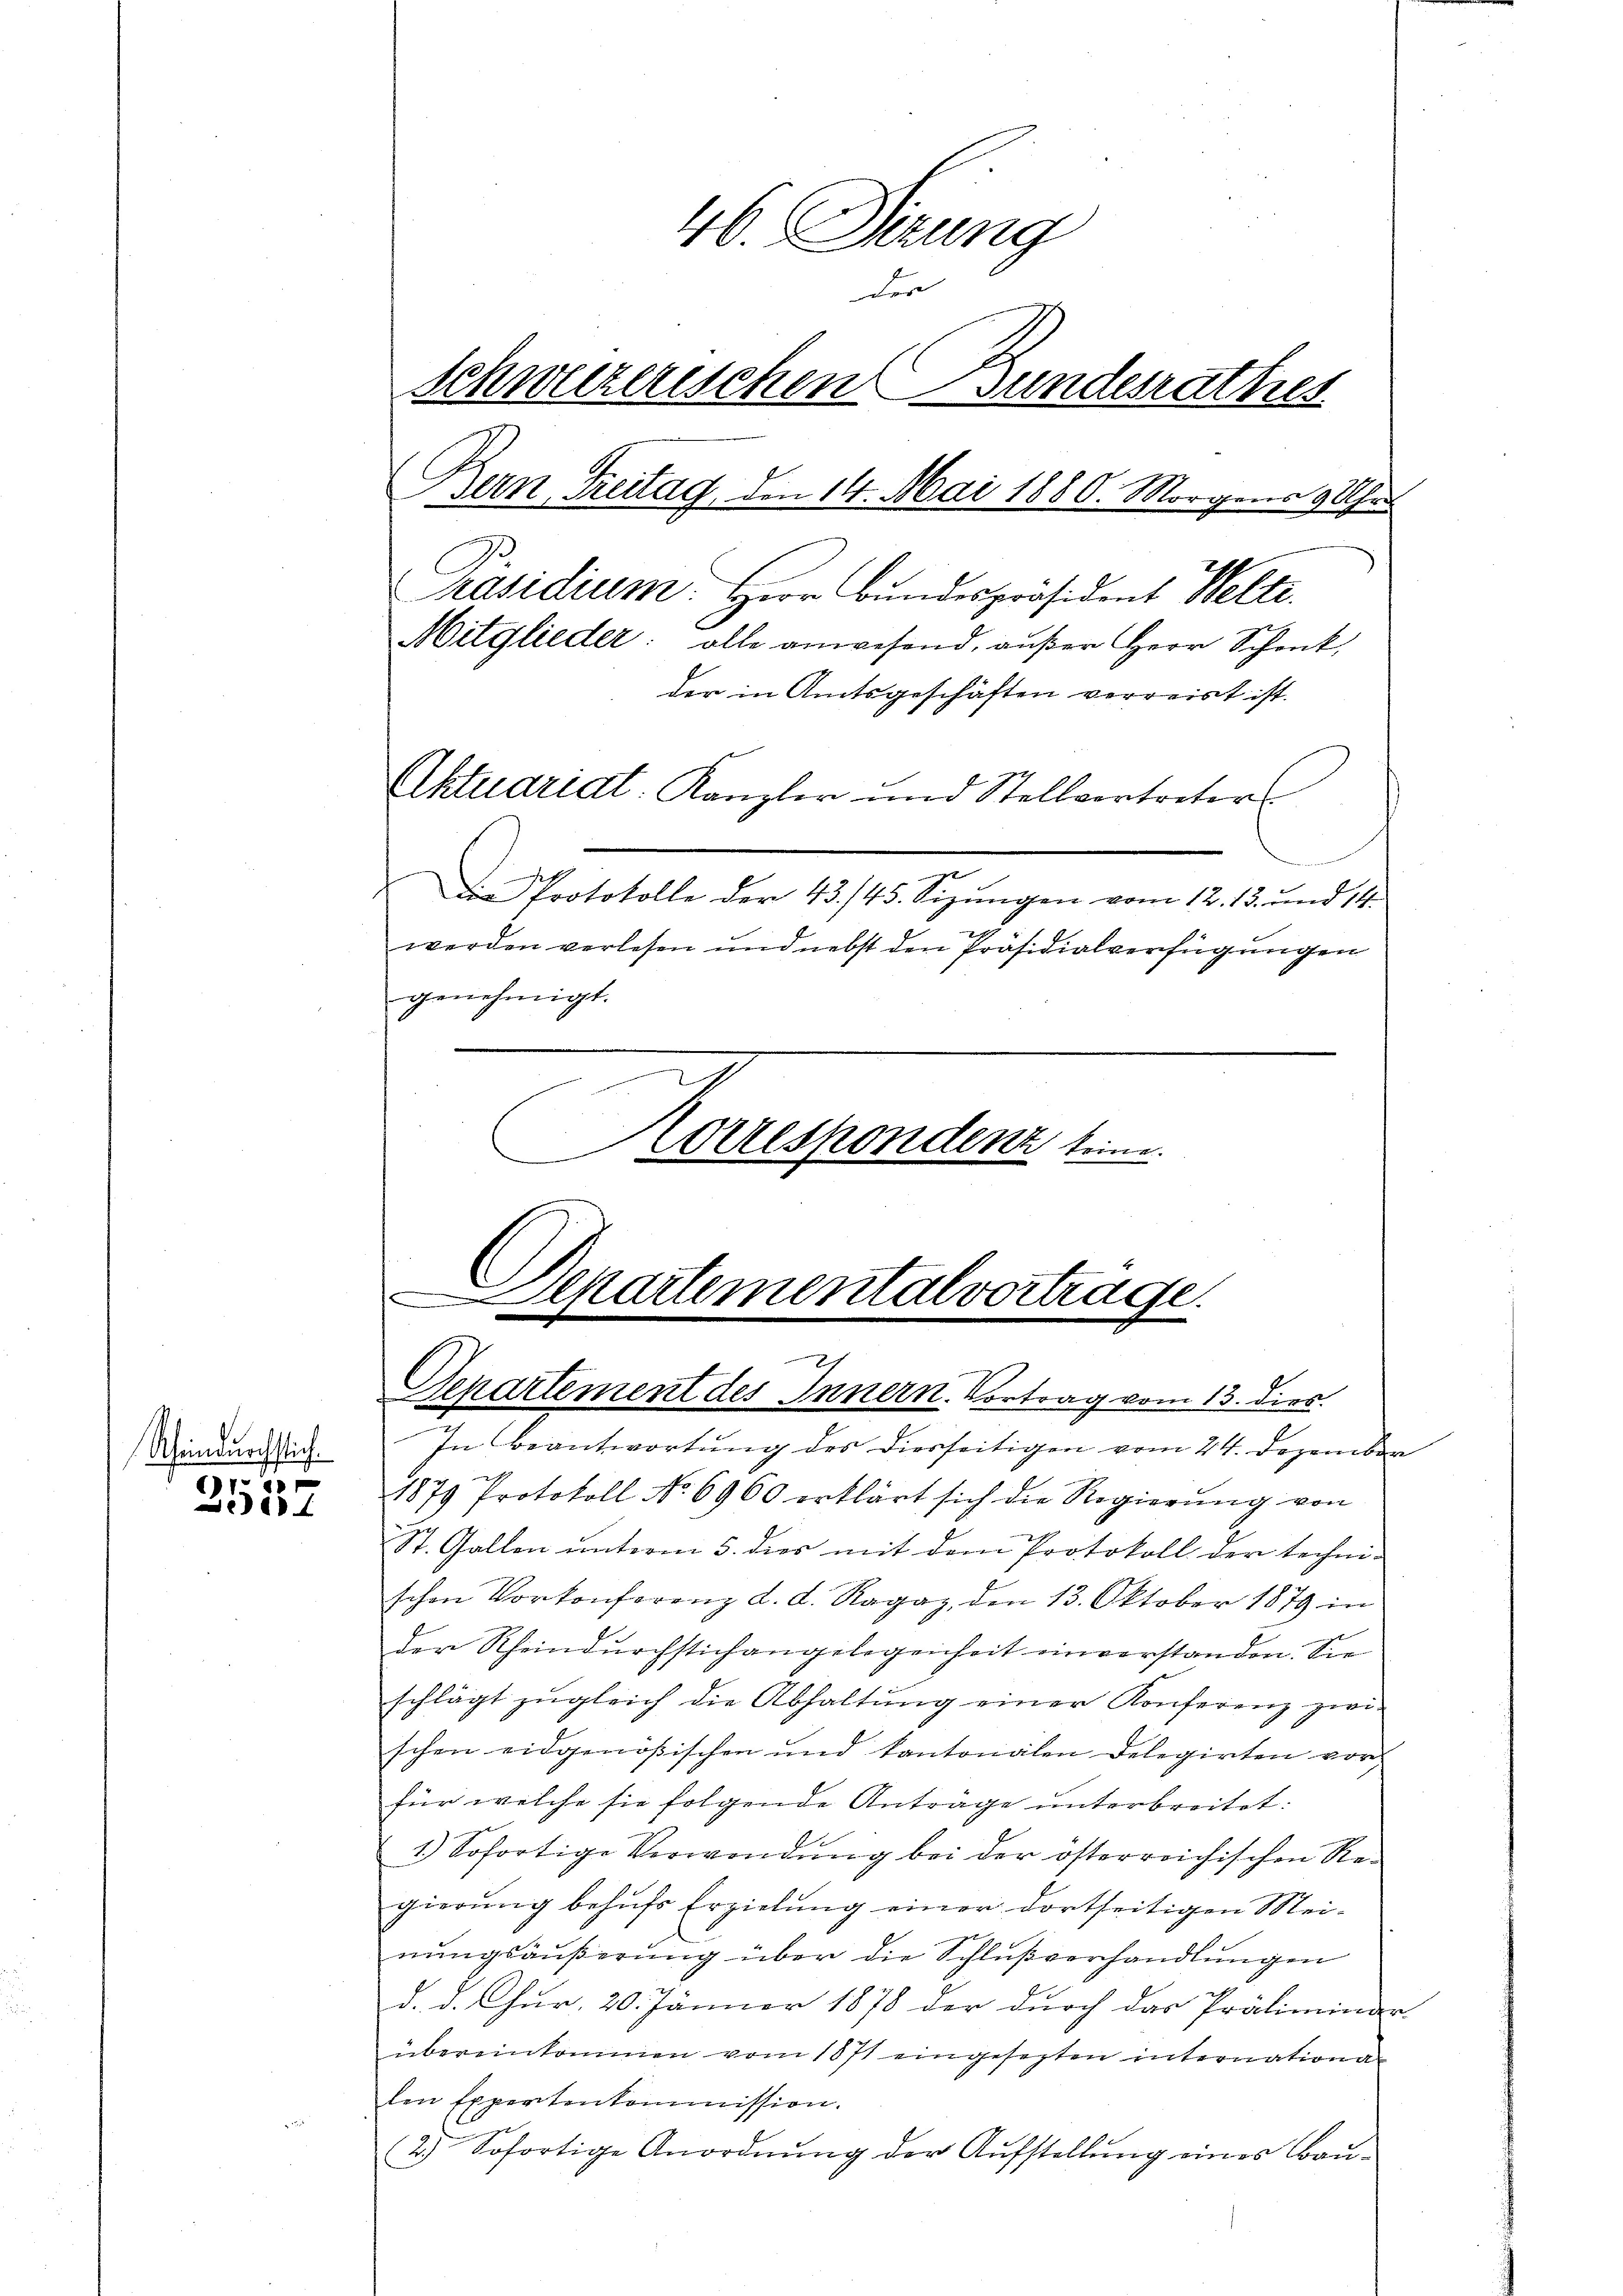
Scheindurchstlich.

(12
e

46. Sierung
den
Schweizerischen Bundesrathes
Bern, Freitag, den 14. Mai 1886. Morgens 9 Uhr
Präsidium. Herr Bundespräsident Welte.
Mitglieder: alle anwesend, außer Herr Schenk,
der in Amtsgeschäften verreist ist.
Aktuariat-Kanzler und Stellvertreter
 Die Protokolle der 43. 145. Sizungen vom 12. 13. und 14.
werden verlesen und nebst den Präsidialverfügŭngen
genehmigt.

Aorrespondenz seine.
Departementalvertrage.
7
n
Genartement des Innern. Vortrag vom 13. dies

In Beantwortung des Diesseitigen vom 24. Dezember
1879 Protokoll No 6900 erklärt sich die Regierŭng von
St. Gallen unterm 5. dies mit dem Protokoll der techni-
schen Vorkonferenz d. d. Ragaz, den 13. Oktober 1879 in
der Rheindurchstichangelegenheit einverstanden. Sie
schlägt zŭgleich die Abhaltŭng einer Konferenz zwi-
schen eidgenößischen und kantonalen Delegirten vor-
für welche sie folgende Anträge unterbreitet:
1.) Sofortige Verwendŭng bei der österreichischen Re-
gierung behufs Erzielung einer dortseitigen Mei-
nungsäußerung über die Schlußverhandlungen
d. d. Chur, 20. Jänner 1878 der durch das Präliminder-
übereinkommen vom 1871 eingesezten internationa
len Expertenkommission.
2.) Sofortige Anordnung der Aufstellung eines Bau¬